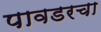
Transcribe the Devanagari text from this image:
पावडरचा